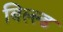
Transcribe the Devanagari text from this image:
बिल्ल्ड